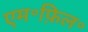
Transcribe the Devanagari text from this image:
एम॰फ़िल॰